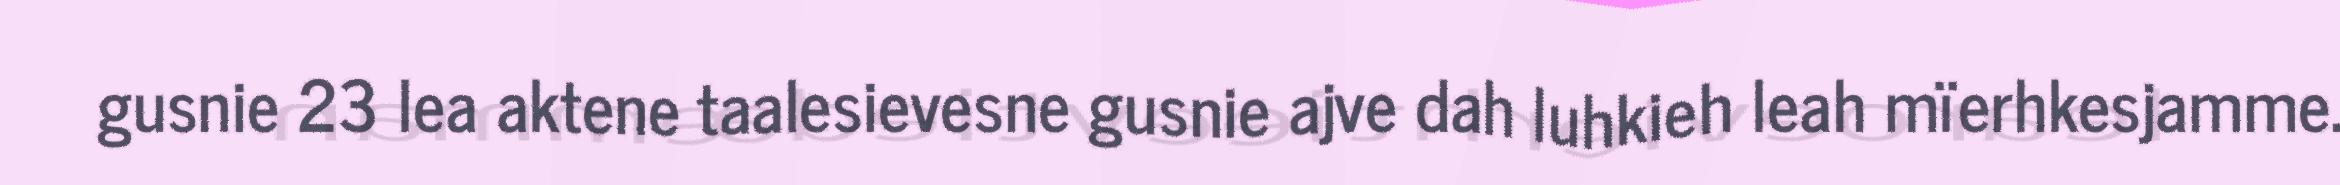
gusnie 23 lea aktene taalesievesne gusnie ajve dah luhkieh leah mïerhkesjamme.